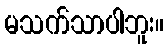
မသက်သာပါဘူး။